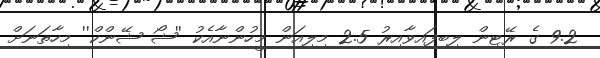
9.2 ގެ ރޭޓިން ލިބިފައިވާއިރު 2.5 މިލިއަން މީހުންނާއެކު ''ޝޯ ޝޭންކް'' މިހާތަނަށް